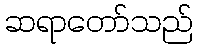
ဆရာတော်သည်